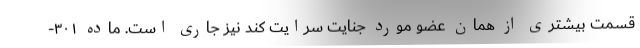
قسمت بیشتری از همان عضوِ مورد جنایت سرایت کند نیز جاری است. ماده ۳۰۱-